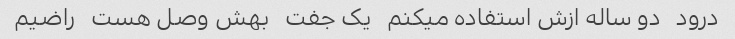
درود   دو ساله ازش استفاده میکنم   یک جفت   بهش وصل هست   راضیم